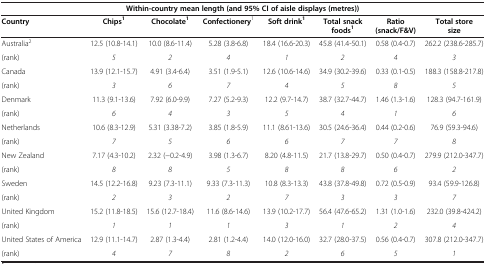
<table><thead><tr><td colspan="8"><b>Within-country mean length (and 95% CI of aisle displays (metres))</b></td></tr><tr><td><b>Country</b></td><td><b>Chips<sup>1</sup></b></td><td><b>Chocolate<sup>1</sup></b></td><td><b>Confectionery<sup>1</sup></b></td><td><b>Soft drink<sup>1</sup></b></td><td><b>Total snack foods<sup>1</sup></b></td><td><b>Ratio (snack/F&amp;V)</b></td><td><b>Total store size</b></td></tr></thead><tbody><tr><td>Australia<sup>2</sup></td><td>12.5 (10.8-14.1)</td><td>10.0 (8.6-11.4)</td><td>5.28 (3.8-6.8)</td><td>18.4 (16.6-20.3)</td><td>45.8 (41.4-50.1)</td><td>0.58 (0.4-0.7)</td><td>262.2 (238.6-285.7)</td></tr><tr><td>(rank)</td><td><i>5</i></td><td><i>2</i></td><td><i>4</i></td><td><i>1</i></td><td><i>2</i></td><td><i>4</i></td><td><i>3</i></td></tr><tr><td>Canada</td><td>13.9 (12.1-15.7)</td><td>4.91 (3.4-6.4)</td><td>3.51 (1.9-5.1)</td><td>12.6 (10.6-14.6)</td><td>34.9 (30.2-39.6)</td><td>0.33 (0.1-0.5)</td><td>188.3 (158.8-217.8)</td></tr><tr><td>(rank)</td><td><i>3</i></td><td><i>6</i></td><td><i>7</i></td><td><i>4</i></td><td><i>5</i></td><td><i>8</i></td><td><i>5</i></td></tr><tr><td>Denmark</td><td>11.3 (9.1-13.6)</td><td>7.92 (6.0-9.9)</td><td>7.27 (5.2-9.3)</td><td>12.2 (9.7-14.7)</td><td>38.7 (32.7-44.7)</td><td>1.46 (1.3-1.6)</td><td>128.3 (94.7-161.9)</td></tr><tr><td>(rank)</td><td><i>6</i></td><td><i>4</i></td><td><i>3</i></td><td><i>5</i></td><td><i>4</i></td><td><i>1</i></td><td><i>6</i></td></tr><tr><td>Netherlands</td><td>10.6 (8.3-12.9)</td><td>5.31 (3.38-7.2)</td><td>3.85 (1.8-5.9)</td><td>11.1 (8.61-13.6)</td><td>30.5 (24.6-36.4)</td><td>0.44 (0.2-0.6)</td><td>76.9 (59.3-94.6)</td></tr><tr><td>(rank)</td><td><i>7</i></td><td><i>5</i></td><td><i>6</i></td><td><i>6</i></td><td><i>7</i></td><td><i>7</i></td><td><i>8</i></td></tr><tr><td>New Zealand</td><td>7.17 (4.3-10.2)</td><td>2.32 (-0.2-4.9)</td><td>3.98 (1.3-6.7)</td><td>8.20 (4.8-11.5)</td><td>21.7 (13.8-29.7)</td><td>0.50 (0.4-0.7)</td><td>279.9 (212.0-347.7)</td></tr><tr><td>(rank)</td><td><i>8</i></td><td><i>8</i></td><td><i>5</i></td><td><i>8</i></td><td><i>8</i></td><td><i>6</i></td><td><i>2</i></td></tr><tr><td>Sweden</td><td>14.5 (12.2-16.8)</td><td>9.23 (7.3-11.1)</td><td>9.33 (7.3-11.3)</td><td>10.8 (8.3-13.3)</td><td>43.8 (37.8-49.8)</td><td>0.72 (0.5-0.9)</td><td>93.4 (59.9-126.8)</td></tr><tr><td>(rank)</td><td><i>2</i></td><td><i>3</i></td><td><i>2</i></td><td><i>7</i></td><td><i>3</i></td><td><i>3</i></td><td><i>7</i></td></tr><tr><td>United Kingdom</td><td>15.2 (11.8-18.5)</td><td>15.6 (12.7-18.4)</td><td>11.6 (8.6-14.6)</td><td>13.9 (10.2-17.7)</td><td>56.4 (47.6-65.2)</td><td>1.31 (1.0-1.6)</td><td>232.0 (39.8-424.2)</td></tr><tr><td>(rank)</td><td><i>1</i></td><td><i>1</i></td><td><i>1</i></td><td><i>3</i></td><td><i>1</i></td><td><i>2</i></td><td><i>4</i></td></tr><tr><td>United States of America</td><td>12.9 (11.1-14.7)</td><td>2.87 (1.3-4.4)</td><td>2.81 (1.2-4.4)</td><td>14.0 (12.0-16.0)</td><td>32.7 (28.0-37.5)</td><td>0.56 (0.4-0.7)</td><td>307.8 (212.0-347.7)</td></tr><tr><td>(rank)</td><td><i>4</i></td><td><i>7</i></td><td><i>8</i></td><td><i>2</i></td><td><i>6</i></td><td><i>5</i></td><td><i>1</i></td></tr></tbody></table>